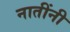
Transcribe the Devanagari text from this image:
नातींनी